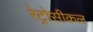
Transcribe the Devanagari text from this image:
रेट्रोसीकल